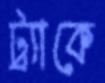
ট্র্যাকে